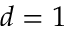
d = 1